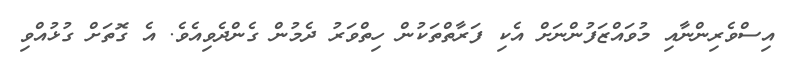
އިސްވެރިންނާއި މުވައްޒަފުންނަށް އެކި ފަރާތްތަކުން ހިތްވަރު ދެމުން ގެންދެވިއެވެ. އެ ގޮތަށް ގުޅުއްވި